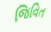
જિવિત